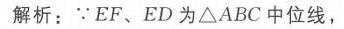
解析：\(\because EF、ED\)为\(\triangle ABC\)中位线，